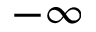
- \infty